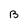
Character: B